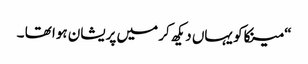
“ مینکاکو یہاں دیکھ کر میں پریشان ہوا تھا ۔